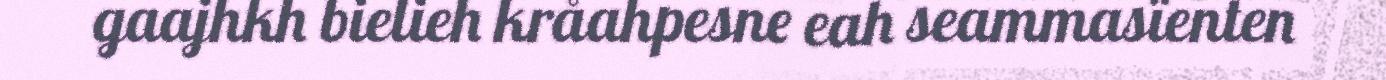
gaajhkh bielieh kråahpesne eah seammasïenten